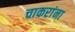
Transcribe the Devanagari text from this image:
चाकरांना